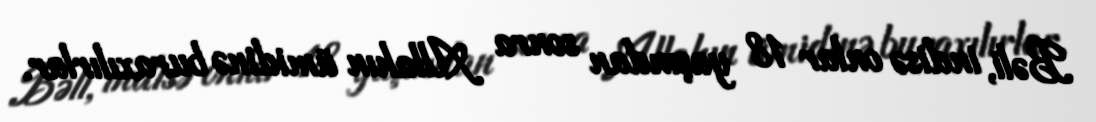
Bəli, indisə onlar 18 yaşından sonra Allahın ümidinə buraxılırlar.